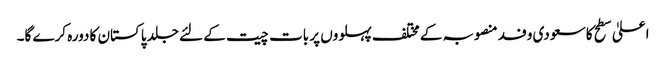
اعلیٰ سطح کا سعودی وفد منصوبہ کے مختلف پہلووں پر بات چیت کے لئے جلد پاکستان کا دورہ کرے گا۔